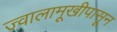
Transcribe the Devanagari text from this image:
ज्वालामूखीपासून